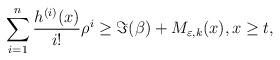
LaTeX: \begin{align*}\sum_{i=1}^{n}\frac{h^{(i)}(x)}{i!}\rho^{i} & \geq \Im(\beta) +M_{\varepsilon,k}(x),x\geq t,\end{align*}